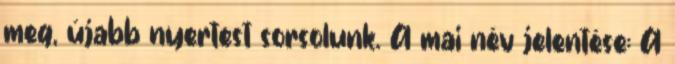
meg, újabb nyertest sorsolunk. A mai név jelentése: A